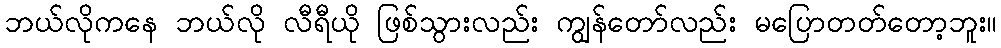
ဘယ်လိုကနေ ဘယ်လို လီရီယို ဖြစ်သွားလည်း ကျွန်တော်လည်း မပြောတတ်တော့ဘူး။